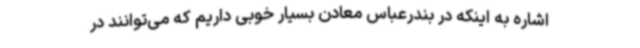
اشاره به اینکه در بندرعباس معادن بسیار خوبی داریم که می‌توانند در